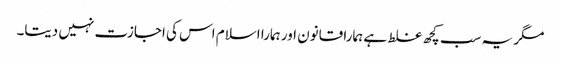
مگر یہ سب کچھ غلط ہے ہمارا قانون اور ہمارا اسلام اس کی اجازت نہیں دیتا۔